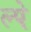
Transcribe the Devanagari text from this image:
ल्पे